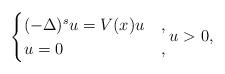
LaTeX: \begin{align*}\begin{cases}(-\Delta)^s u=V(x) u & , \\u=0 & ,\end{cases} u>0 , \end{align*}